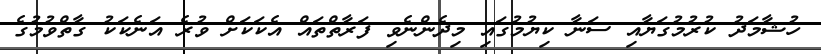
ހުޝާމަދު ކުރުމުގަޔާއި ސަނާ ކިޔުމުގައި މިދެންނެވި ފަރާތްތައް އެކަކަށް ވުރެ އަނެކަކު ގާތްވުމުގެ